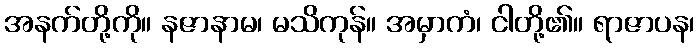
အနက်တို့ကို။ နဇာနာမ၊ မသိကုန်။ အမှာကံ၊ ငါတို့၏။ ရာဇာပန၊